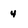
Character: 4